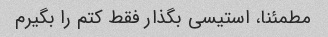
مطمئنا، استیسی بگذار فقط کتم را بگیرم